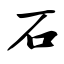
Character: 石